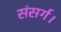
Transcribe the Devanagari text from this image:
संसर्ग।